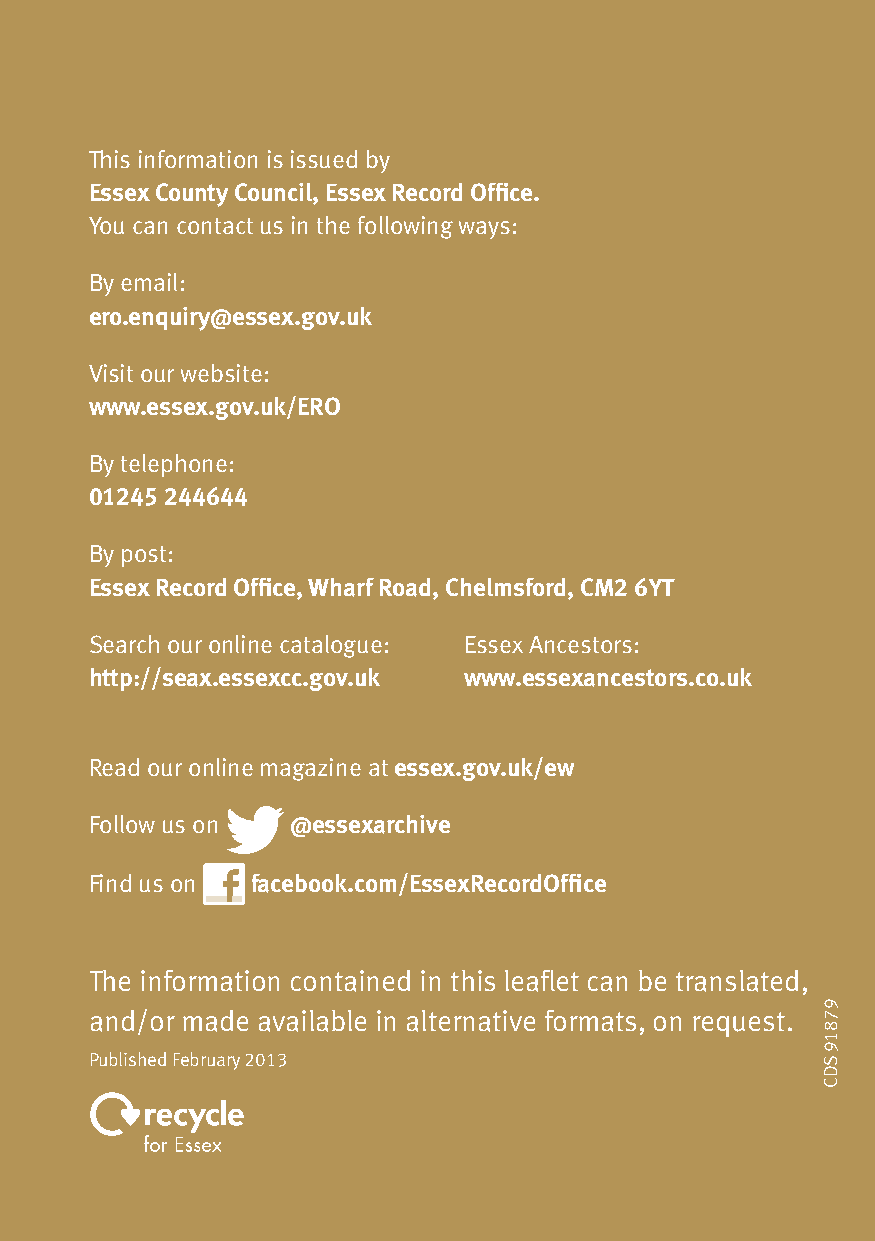
This information is issued by
 Essex County Council, Essex Record Office.
 You can contact us in the following ways:
 By email:
 ero.enquiry@essex.gov.uk
 Visit our website:
 www.essex.gov.uk/ERO
 By telephone:
 01245 244644
 By post:
 Essex Record Office, Wharf Road, Chelmsford, CM2 6YT
 Search our online catalogue: Essex Ancestors:
 http://seax.essexcc.gov.uk www.essexancestors.co.uk
 Read our online magazine at essex.gov.uk/ew
 Follow us on @essexarchive
 Find us on facebook.com/EssexRecordOffice
 The information contained in this leaflet can be translated,
 and/or made available in alternative formats, on request.
 Published February 2013
 97819
 SDC